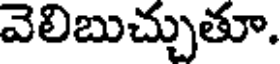
వెలిబుచ్చుతూ.